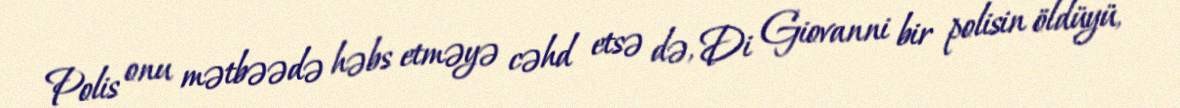
Polis onu mətbəədə həbs etməyə cəhd etsə də, Di Giovanni bir polisin öldüyü,